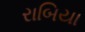
રાબિયા